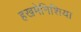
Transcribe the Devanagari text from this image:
हखमेनिशिया